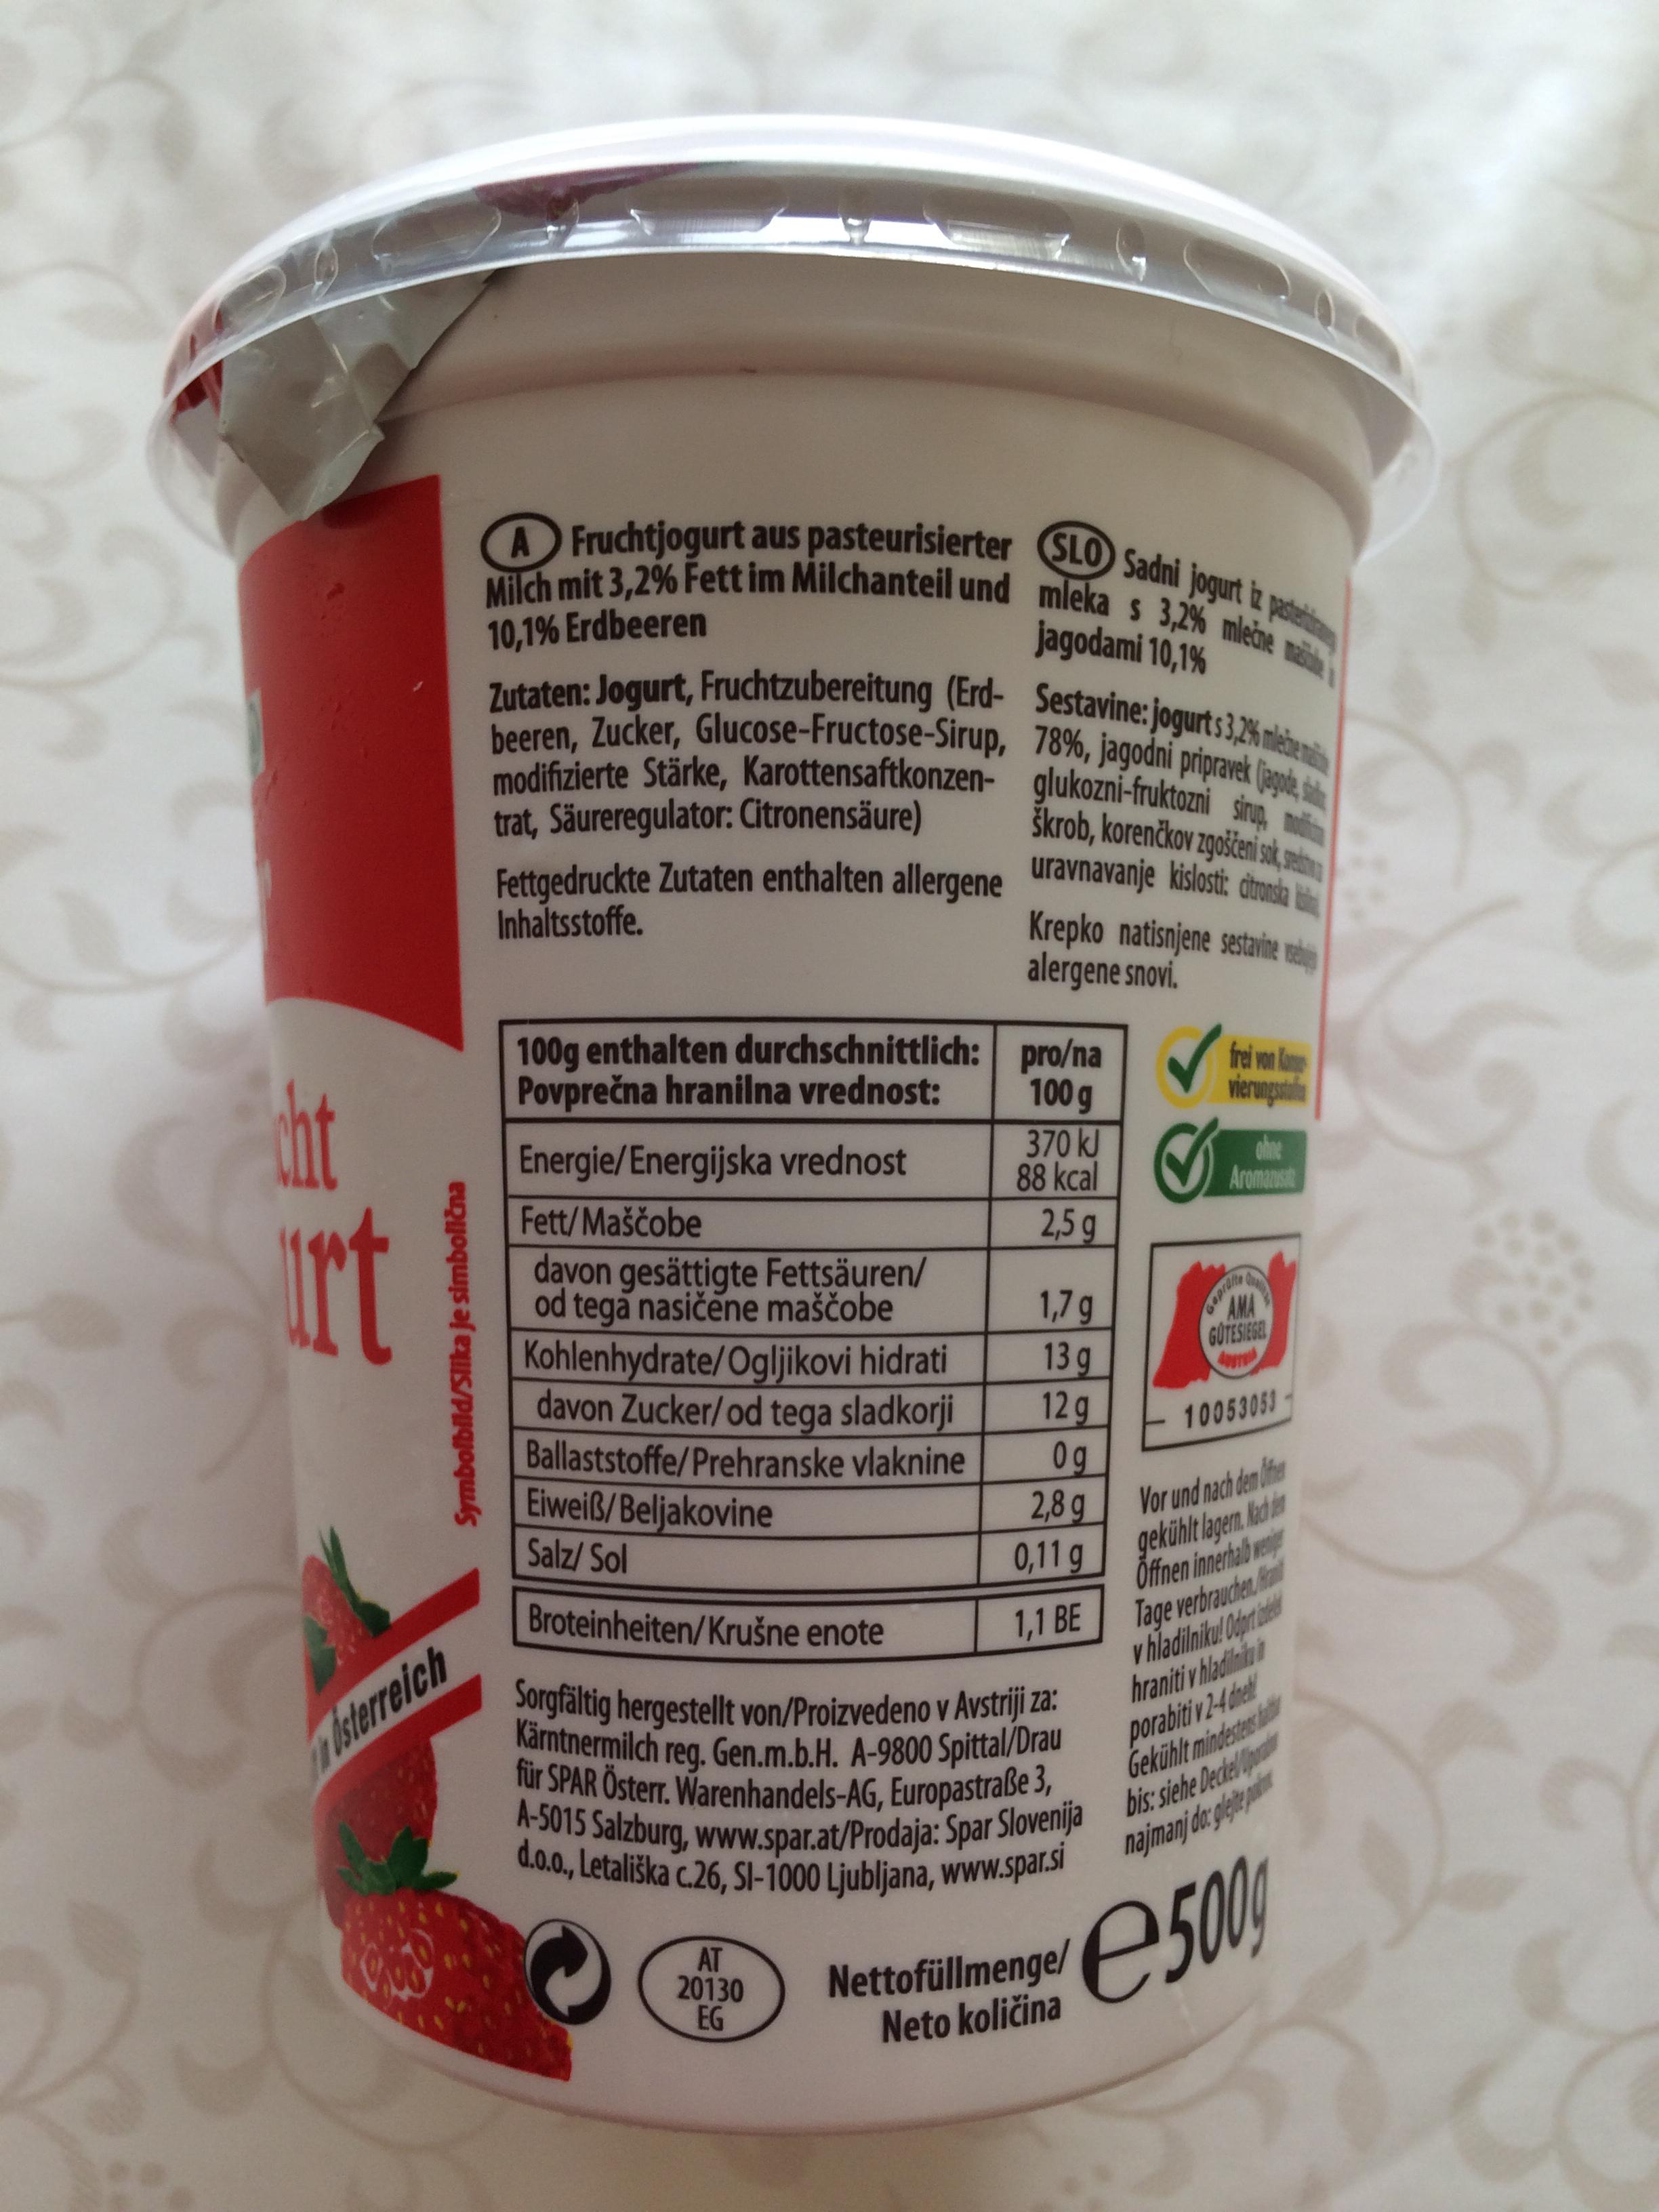
A Fruchtjogurt aus pasteurisierter SLO Sadni jogurt izp Milch mit 3,2% Fett im Milchanteil und mleka s 3,2% mleche mi 10,19% Erdbeeren Zutaten: Jogurt, Fruchtzubereitung (Erd- Sestavine: jogurts 3,2% nlbens beeren, Zucker, Glucose-Fructose-Sirup, 78%, jagodni pripravek (agoe ie modifizierte Stärke, Karottensaftkonzen- glukozni-fruktozni sing, ma jagodami 10,1% trat, Säureregulator: Citronensäure) škrob, korenčkov zgoščeni sk, met Fettgedruckte Zutaten enthalten allergene uravnavanje kislosti: d Inhaltsstoffe. Krepko natisnjene sestaine reig alergene snovi. 100g enthalten durchschnittlich: pro/na fei m k ht Povprečna hranilna vrednost: 100 g 370 kJ 88 kcal vierunpstila Energie/Energijska vrednost ohne Aromanst rt Fett/Maščobe 2,5 g davon gesättigte Fettsäuren/ od tega nasičene maščobe Kohlenhydrate/Ogljikovi hidrati davon Zucker/od tega sladkorji Ballaststoffe/Prehranske vlaknine Eiweiß/Beljakovine Salz/ Sol 1,7g 13 g AMA GOTESIEGE Appr 12g 10053053 0g Vor und nach dem ifen gekühlt lager. Nedhan Öffnen innehab we lage verbrauchen v hladilniku Odprtad hraniti v hladinini porabiti v 24del Gekühlt mindestes 2,8 g 0,11 g Broteinheiten/Krušne enote 1,1 BE Sorgfältig hergestellt von/Proizvedeno v Avstriji za: Kärntnermilch reg. Gen.m.b.H. A-9800 Spittal/Drau für SPAR Österr. Warenhandels-AG, Europastraße 3, n sterreich A-5015 Salzburg, www.spar.at/Prodaja: Spar Slovenija bis: siehe Dedelp d.o.o., Letališka c.26, SI-1000 Ljubljana, www.spar.si AT 20130 EG e500 Nettofüllmenge/ Neto količina Symbolbild/Slika je simbolična